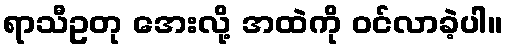
ရာသီဥတု အေးလို့ အထဲကို ဝင်လာခဲ့ပါ။